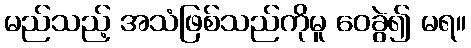
မည်သည့် အသံဖြစ်သည်ကိုမူ ဝေခွဲ၍ မရ။